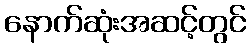
နောက်ဆုံးအဆင့်တွင်